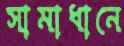
সামাধানে